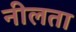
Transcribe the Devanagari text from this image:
नीलता